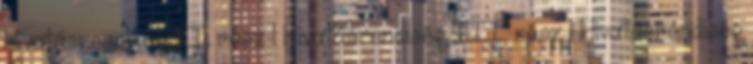
Hivatásrendiség II. rész 1 Hivatásrendiség III. rész 1 Hivatásrendiség